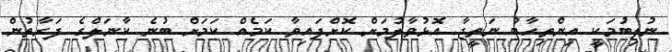
ނުލިބުމަކީ އިންތިހާބު ނަތީޖާ އޮޅުވާލުމަށް ކޮށްފައިވާ ކަމެއް ކަމަށް ބުނެ ކާނަލްގެ ފަރާތުން